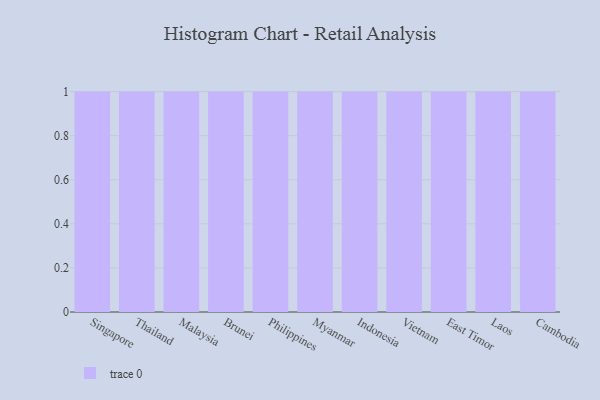
{"axis": {"x": "Country", "y": "Tickets Resolved"}, "legend": [""], "data": [{"x": "Singapore", "y": 58, "type": ""}, {"x": "Thailand", "y": 90, "type": ""}, {"x": "Malaysia", "y": 95, "type": ""}, {"x": "Brunei", "y": 47, "type": ""}, {"x": "Philippines", "y": 42, "type": ""}, {"x": "Myanmar", "y": 52, "type": ""}, {"x": "Indonesia", "y": 89, "type": ""}, {"x": "Vietnam", "y": 49, "type": ""}, {"x": "East Timor", "y": 75, "type": ""}, {"x": "Laos", "y": 46, "type": ""}, {"x": "Cambodia", "y": 95, "type": ""}]}